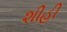
શીહી